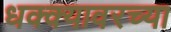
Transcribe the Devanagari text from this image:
धक्क्यावरच्या